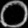
Digit: ၀